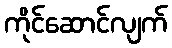
ကိုင်ဆောင်လျက်